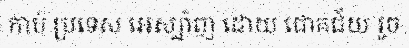
កាប់ ប្រទេស អេស្ប៉ាញ ដោយ ជោគជ័យ រួច